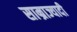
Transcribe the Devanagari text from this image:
साम्राज्यादी